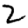
Digit: 2